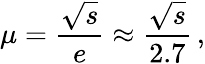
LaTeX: \mu=\frac{\sqrt s}{e}\approx\frac{\sqrt s}{2.7}\, ,